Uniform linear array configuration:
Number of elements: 24
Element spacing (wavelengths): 1
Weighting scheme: exponential
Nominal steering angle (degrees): -15
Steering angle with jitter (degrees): -16.782
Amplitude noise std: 0.05
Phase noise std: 0.05

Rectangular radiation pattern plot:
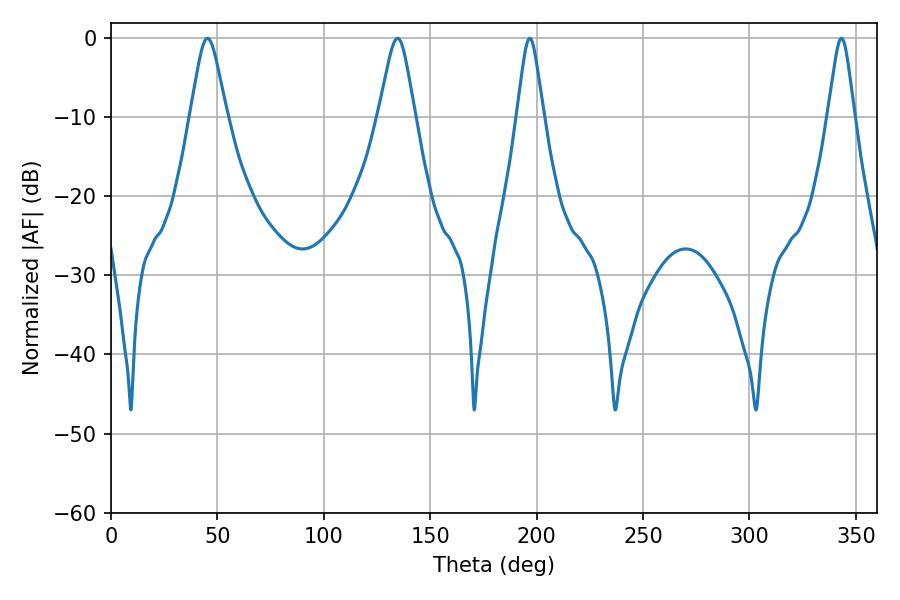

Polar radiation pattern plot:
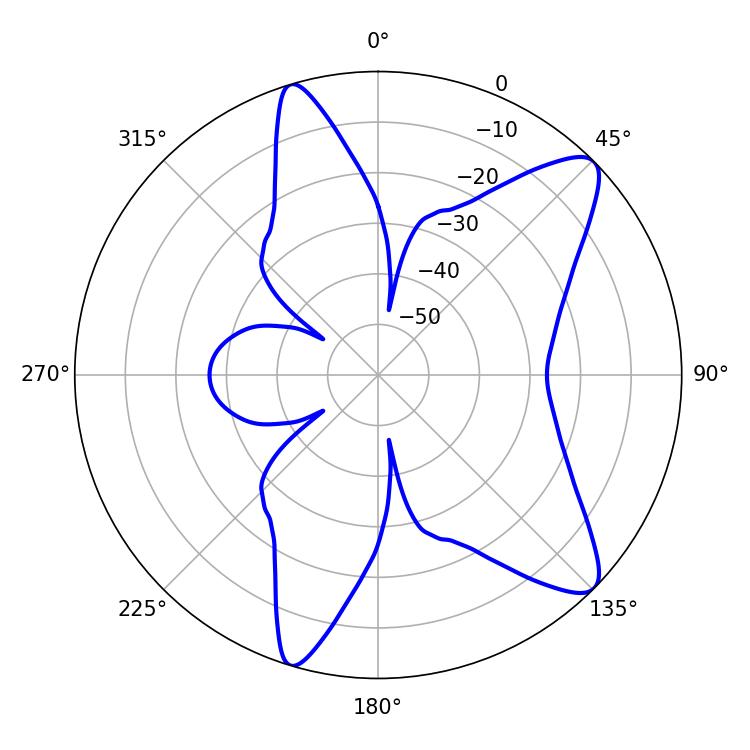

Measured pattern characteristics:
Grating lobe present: TRUE
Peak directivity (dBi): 10.537
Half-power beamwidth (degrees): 8.1
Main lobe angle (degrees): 45.36